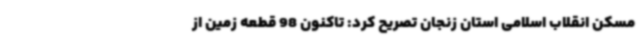
مسکن انقلاب اسلامی استان زنجان تصریح کرد: تاکنون 98 قطعه زمین از